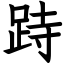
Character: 跱